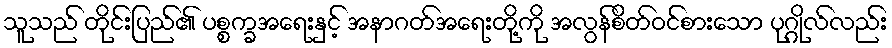
သူသည် တိုင်းပြည်၏ ပစ္စက္ခအရေးနှင့် အနာဂတ်အရေးတို့ကို အလွန်စိတ်ဝင်စားသော ပုဂ္ဂိုလ်လည်း